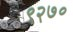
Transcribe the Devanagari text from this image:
९२७०